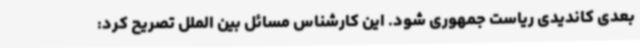
بعدی کاندیدی ریاست جمهوری شود. این کارشناس مسائل بین الملل تصریح کرد: